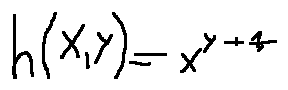
h ( x , y ) = x ^ { y + \frac { 1 } { y } }